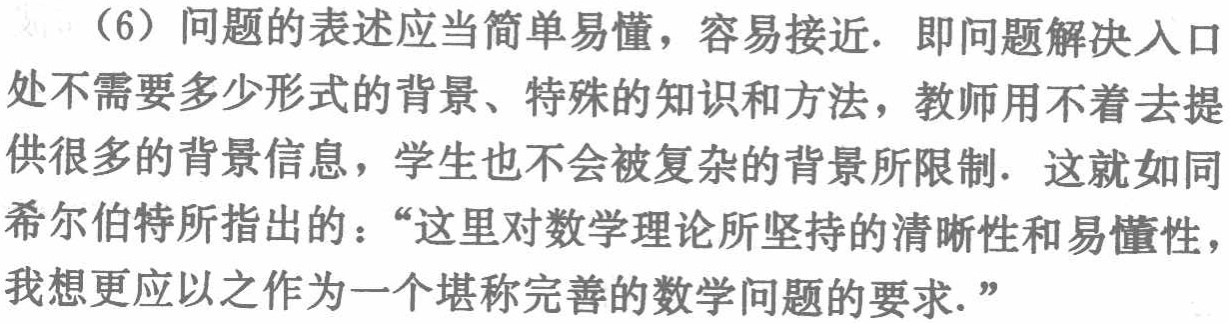
（6）问题的表述应当简单易懂，容易接近. 即问题解决入口处不需要多少形式的背景、特殊的知识和方法，教师用不着去提供很多的背景信息，学生也不会被复杂的背景所限制. 这就如同希尔伯特所指出的：“这里对数学理论所坚持的清晰性和易懂性，我想更应以之作为一个堪称完善的数学问题的要求.”